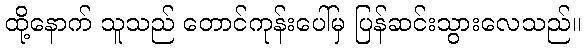
ထို့နောက် သူသည် တောင်ကုန်းပေါ်မှ ပြန်ဆင်းသွားလေသည်။